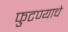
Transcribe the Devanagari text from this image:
फुटण्याचे